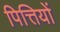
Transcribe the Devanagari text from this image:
पित्तियों